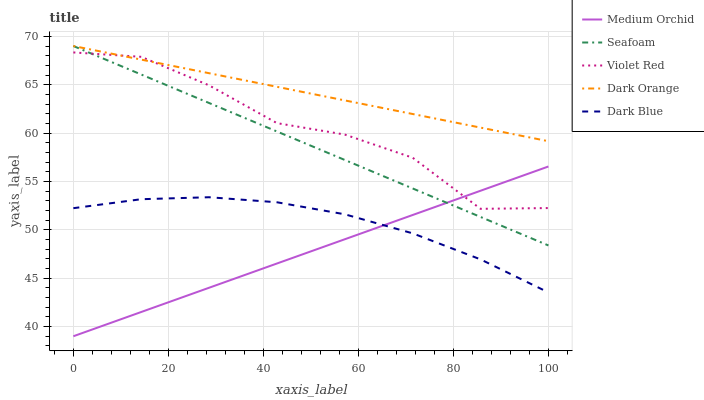
| xaxis_label | Medium Orchid | Seafoam | Violet Red | Dark Orange | Dark Blue |
 | --- | --- | --- | --- | --- | --- |
 | 0 | 39 | 69 | 68.3 | 69 | 52.2 |
 | 14.3 | 41.5 | 66.1 | 67.9 | 67.6 | 53.2 |
 | 28.6 | 44 | 63.1 | 64.9 | 66.2 | 53.4 |
 | 42.9 | 46.5 | 60.2 | 61 | 64.8 | 52.8 |
 | 57.1 | 49 | 57.2 | 59.8 | 63.4 | 51.6 |
 | 71.4 | 51.5 | 54.3 | 57.5 | 62 | 49.6 |
 | 85.7 | 54 | 51.3 | 52.2 | 60.6 | 46.9 |
 | 100 | 56.5 | 48.4 | 52.3 | 59.2 | 43.5 |